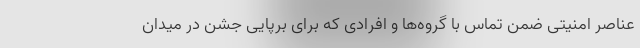
عناصر امنیتی ضمن تماس با گروه‌ها و افرادی که برای برپایی جشن در میدان